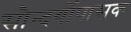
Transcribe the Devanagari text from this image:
सौन्दर्योपासक